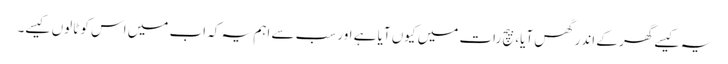
یہ کیسے گھر کے اندر گھس آیا، بیچ رات میں کیوں آیا ہے اور سب سے اہم یہ کہ اب میں اس کو ٹالوں کیسے۔